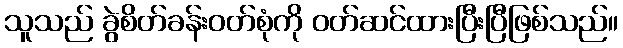
သူသည် ခွဲစိတ်ခန်းဝတ်စုံကို ဝတ်ဆင်ထားပြီးပြီဖြစ်သည်။